Vaike-Kopu_(Puiatu)_vallavalitsus, lk 27
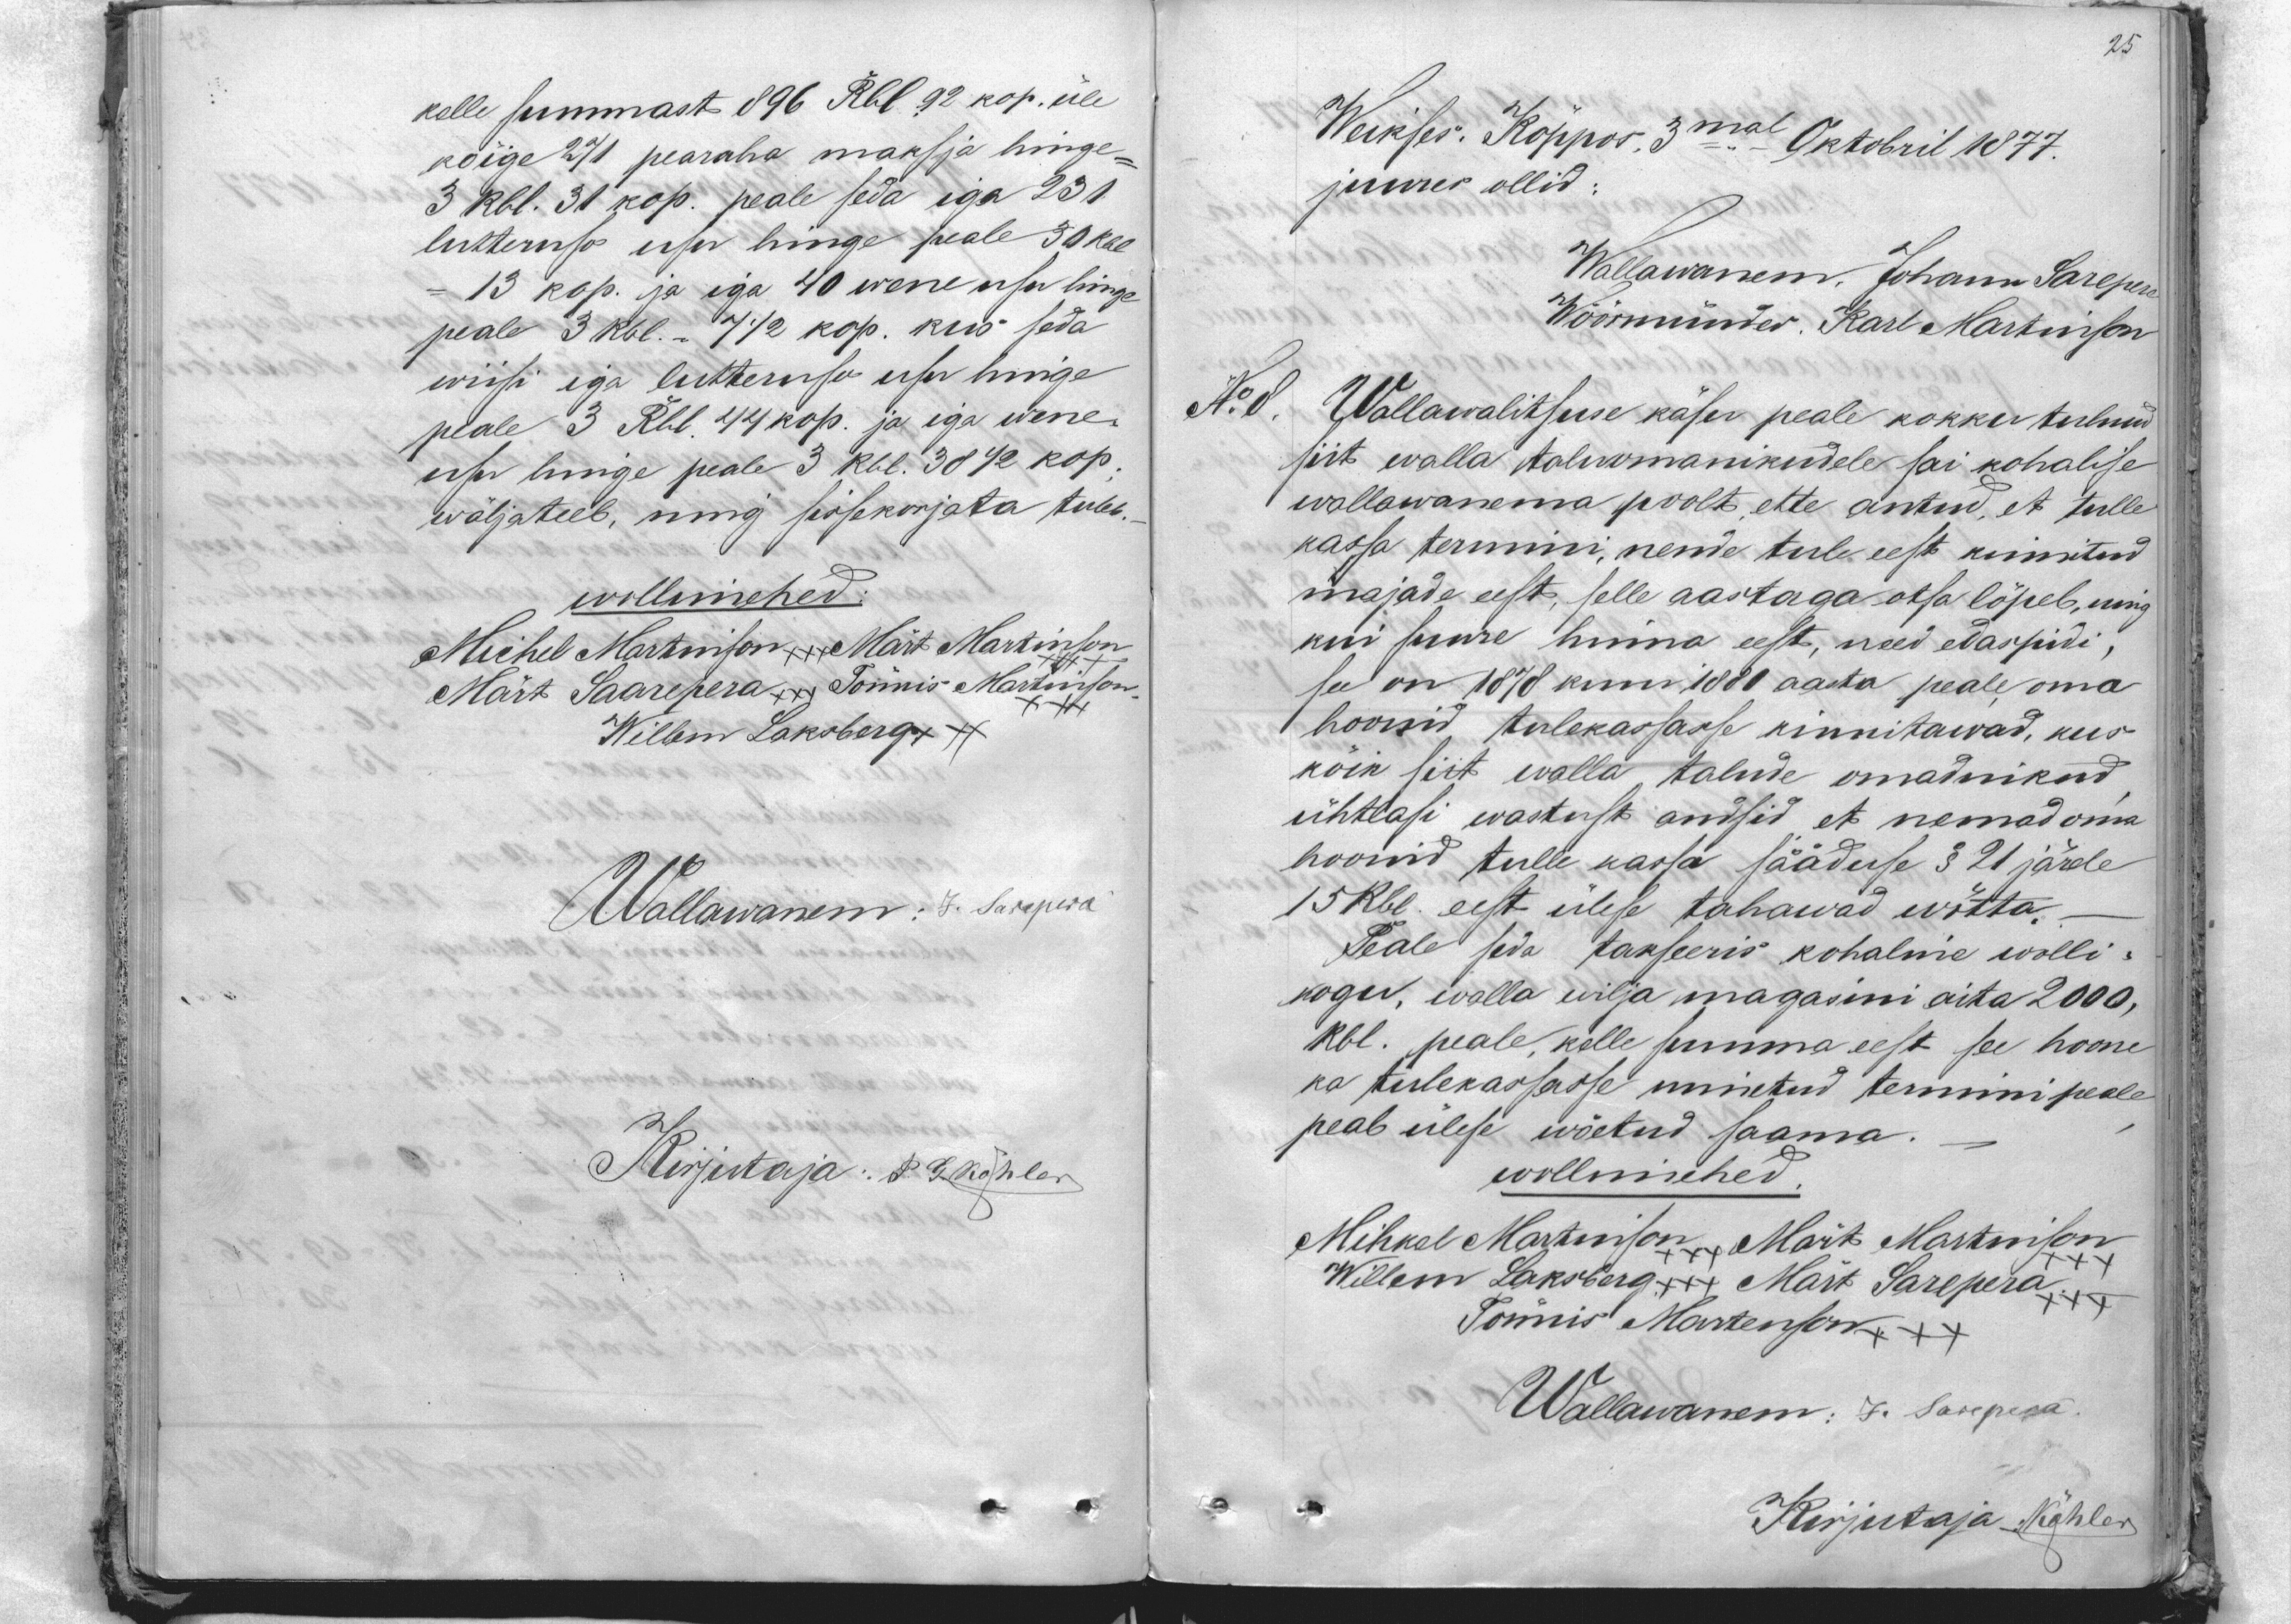
25

kelle summast 896 Rbl 92 kop. üle
kõige 271 pearaha maksja hinge-
3 Rbl. 31 kop. peale seda iga 231
luteruse usu hinge peale 30 Rbl
- 13 kop. ja iga 40 wene usu hinge
peale 3 Rbl. 7 1/2 kop. kus seda
wiisi iga luteruse usu hinge
peale 3 Rbl 44 kop. ja iga wene
on luge peale 3 Rbl. 38 72 kop.
wäljateeb, ning sissekorjata tuleb.
wollimehed:
Michel Martinson xxx Märt Martinson
Märt Saarepera +++ Tönnis Martinson xxx
Willem Laksberg xx
Wallawanem: J. Sarepera
Kirjutaja: P. G. Köhler

Weikses. Köppos 3mal Oktobril 1877.
juures ollid
Wallawanem. Johann Sarepera
Wöörmünder, Karl Martinson
No 8. Wallawalitsuse käser peale kokku tulnud
siit walla taluomanikudele sai kohalise
wallawanema poolt ette antud, et tulle
kassa termini, nende tule eest kinnitud
majade eest selle aastaga otsa lõpeb, ning
kui suure hinna eest, need edaspidi,
see on 1878 kuni 1880 aasta peale oma
hoonid tulekassasse kinnitawad, kus
kõik siit walla talude omadnikud
ühtlasi wastust andsid et nemad oma
hoonid tulle kassa sääduse § 21 järele
15 Rbl. eest ülese tahawad wõtta.
Peale seda takseeris kohaline wolli-
kogu, walla wilja magasini aita 2000,
Rbl. peale, kelle summa eest see hoone
ka tulekassasse nimetud termini peale
peab ülese wõetud saama
wollimehed:
Mihkel Martinsonxxx, Märt Martinson
Willem Laksberg xxx Märt Sarepera +++
Tönnis Martenson +++
Wallawanem: J. Sarepera
Kirjutaja Köhler